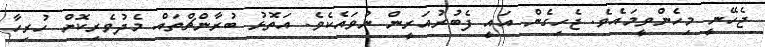
ޖެހޭނީ މިހެންވީމައެވެ. ޖެހިގެން އައީ ފެބުރުއަރީން ނުވައެކެވެ. އަތޮޅު ބުރާންޗްތައް މެދުވެރިކޮށް ހުރިހާ